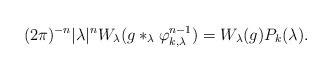
LaTeX: \begin{align*}(2\pi)^{-n} |\lambda|^n W_\lambda( g \ast_\lambda \varphi_{k,\lambda}^{n-1}) = W_\lambda(g) P_k(\lambda).\,\, \end{align*}